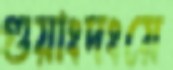
গুয়াংদংয়ে